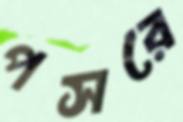
পসরে